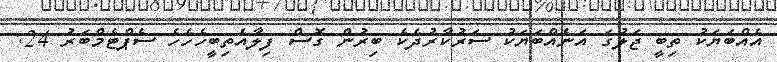
އެއްްބަޔަކު ތިބީ ޖަލުގަ އަނެއްބަޔަކު ސަރުކާރުދެކެ ބިރުން ގޮސް ފިލާއެތިބީހެހެހެ ސެޕްޓެމްބަރު 24